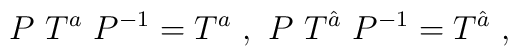
P~T^a~P^{-1}= T^a ~,~ P~T^{\hat a}~P^{-1}= T^{\hat a}~,~\,